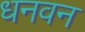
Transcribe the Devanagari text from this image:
धनवन